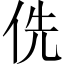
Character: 侁